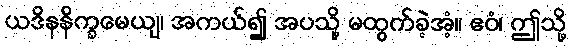
ယဒိနနိက္ခမေယျ၊ အကယ်၍ အပသို့ မထွက်ခဲ့အံ့။ ဧဝံ၊ ဤသို့